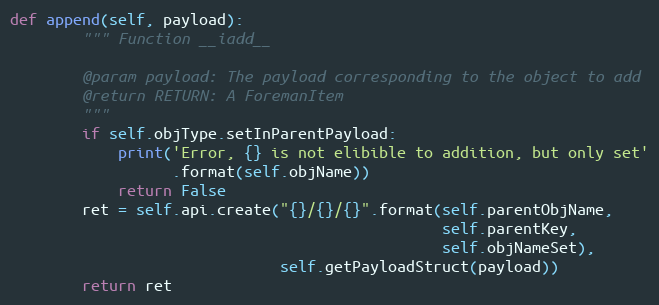
Language: Python
def append(self, payload):
        """ Function __iadd__

        @param payload: The payload corresponding to the object to add
        @return RETURN: A ForemanItem
        """
        if self.objType.setInParentPayload:
            print('Error, {} is not elibible to addition, but only set'
                  .format(self.objName))
            return False
        ret = self.api.create("{}/{}/{}".format(self.parentObjName,
                                                self.parentKey,
                                                self.objNameSet),
                              self.getPayloadStruct(payload))
        return ret